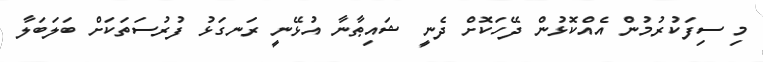
މި ސިފަކުރުމުން އެއްކޮޅުން ދޭހަކޮށް ދެނީ ޝައިޠާނާ އުޅޭނީ ރަނގަޅު ފުރުސަތަކަށް ބަލަބަލާ